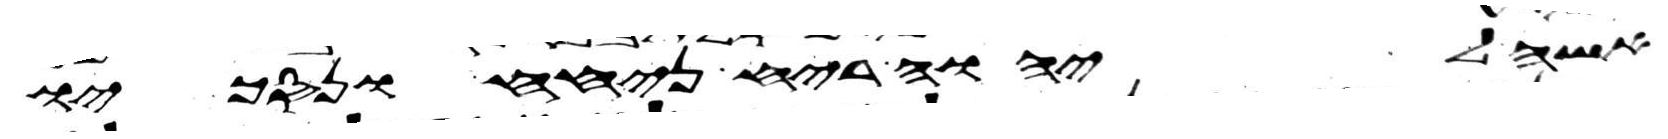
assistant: אשה ליהוה ריח ניחח ונסכו